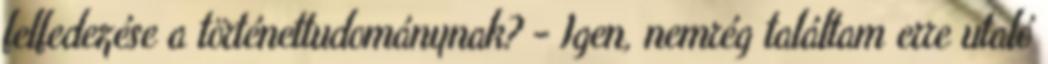
felfedezése a történet­tudo­mánynak? - Igen, nemrég találtam erre utaló